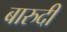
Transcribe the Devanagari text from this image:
बारुदी